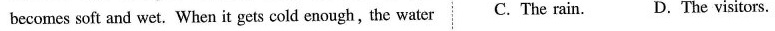
becomes soft and wet. When it gets cold enough, the water C. The rain. D.The visitors.